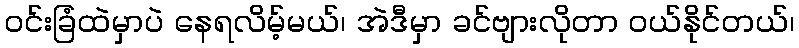
ဝင်းခြံထဲမှာပဲ နေရလိမ့်မယ်၊ အဲဒီမှာ ခင်ဗျားလိုတာ ဝယ်နိုင်တယ်၊